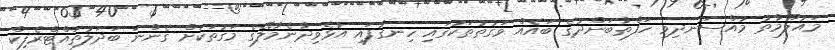
މައުލޫމާތު މުއްސަނދިވި ހަފްތާބަންދުގެ ބައެއް ވަގުތުތަކުގައި ހިނގާފައި އުޅެވިދާނެމާލޭގެ މަގުތަކަށް ގެންނަ ބަދަލުތައްޓްރެފިކް